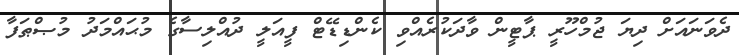
ދެވަނައަށް ދިޔަ ޖުމްހޫރީ ޕާޓީން ވާދަކުރެއްވި ކެންޑިޑޭޓް ފީއަލީ ދުއްލިސާގެ މުޙައްމަދު މުޞްޠަފާ